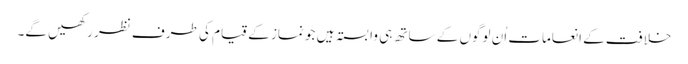
خلافت کے انعامات اُن لوگوں کے ساتھ ہی وابستہ ہیں جو نماز کے قیام کی طرف نظر رکھیں گے۔